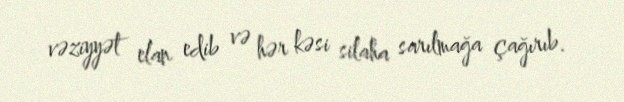
vəziyyət elan edib və hər kəsi silaha sarılmağa çağırıb.